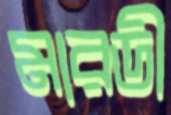
মারডী